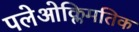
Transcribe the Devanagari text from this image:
पलेओक्लिमतिक